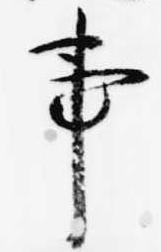
事